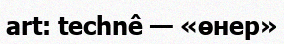
art: technê — «өнер»